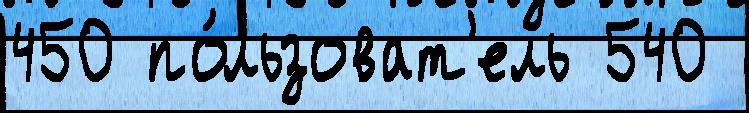
450 по́льзоват'ель 540